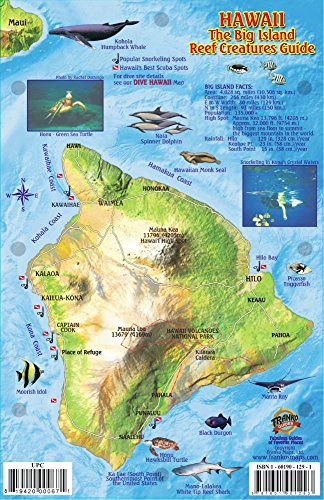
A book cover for Hawaii The Big Island Map & Reef Creatures Guide Franko Maps Laminated Fish Card; Franko Maps Ltd.; Travel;